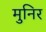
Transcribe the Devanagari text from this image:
मुनिर